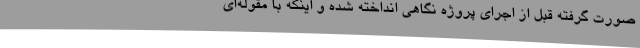
صورت گرفته قبل از اجرای پروژه نگاهی انداخته شده و اینکه با مقوله‌ای